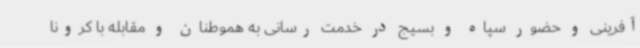
آفرینی و حضور سپاه و بسیج در خدمت رسانی به هموطنان و مقابله با کرونا